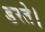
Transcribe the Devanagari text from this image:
डरते।